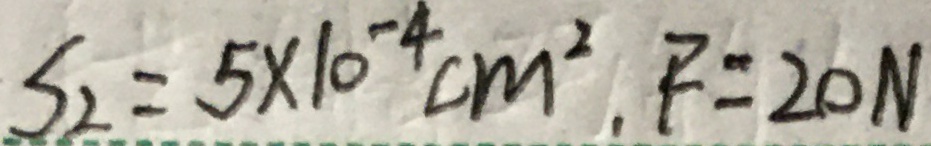
S _ { 2 } = 5 \times 1 0 ^ { - 4 } c m ^ { 2 } , F = 2 0 N